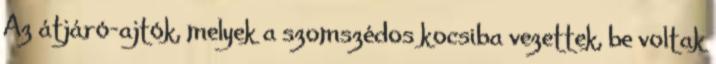
Az átjáró-ajtók, melyek a szomszédos kocsiba vezettek, be voltak